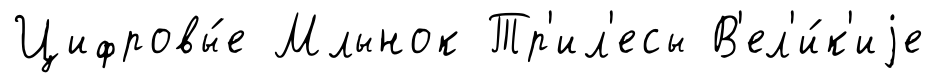
Цифровы́е Млынок Тр'ил'есы В'ел'и́к'иjе